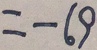
= - 6 9